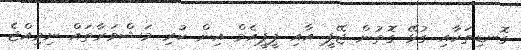
ގޮނޑިތަކާއި ގުޅޭ ގޮތުން ޖޭޕީ އާއި ޕީޕީއެމް އިން ކުރި މަޝްވަރާތައް ނިމިއްޖެ